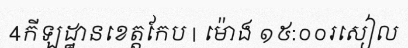
4កីឡដ្ឋានខេត្តកែប | ម៉ោង ១៥:០០រសៀល